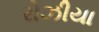
રોઝીયા